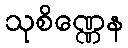
သုစိဏ္ဏေန